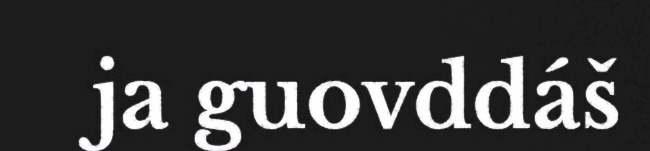
ja guovddáš